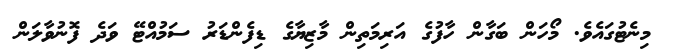
މިނެޓުގައެވެ. މޯހަން ބަގާން ހާފުގެ އަރިމަތިން މާޒިޔާގެ ޑިފެންޑަރު ސަމުއްޓޭ ވަދެ ފޮނުވާލަން